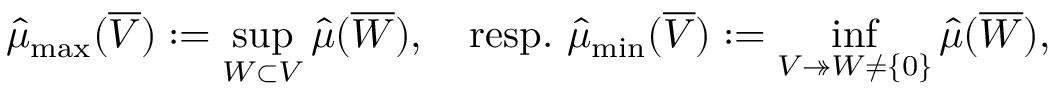
\begin{array} { r } { \widehat { \mu } _ { \operatorname* { m a x } } ( \overline { { V } } ) : = \displaystyle \operatorname* { s u p } _ { W \subset V } \widehat \mu ( \overline { { W } } ) , \quad \mathrm { r e s p . ~ } \widehat { \mu } _ { \operatorname* { m i n } } ( \overline { { V } } ) : = \operatorname* { i n f } _ { V \twoheadrightarrow W \neq \{ 0 \} } \widehat \mu ( \overline { { W } } ) , } \end{array}